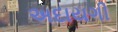
અદાયગી